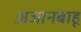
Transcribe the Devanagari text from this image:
अजानबाहू